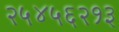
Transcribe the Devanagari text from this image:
२५४५६२१३